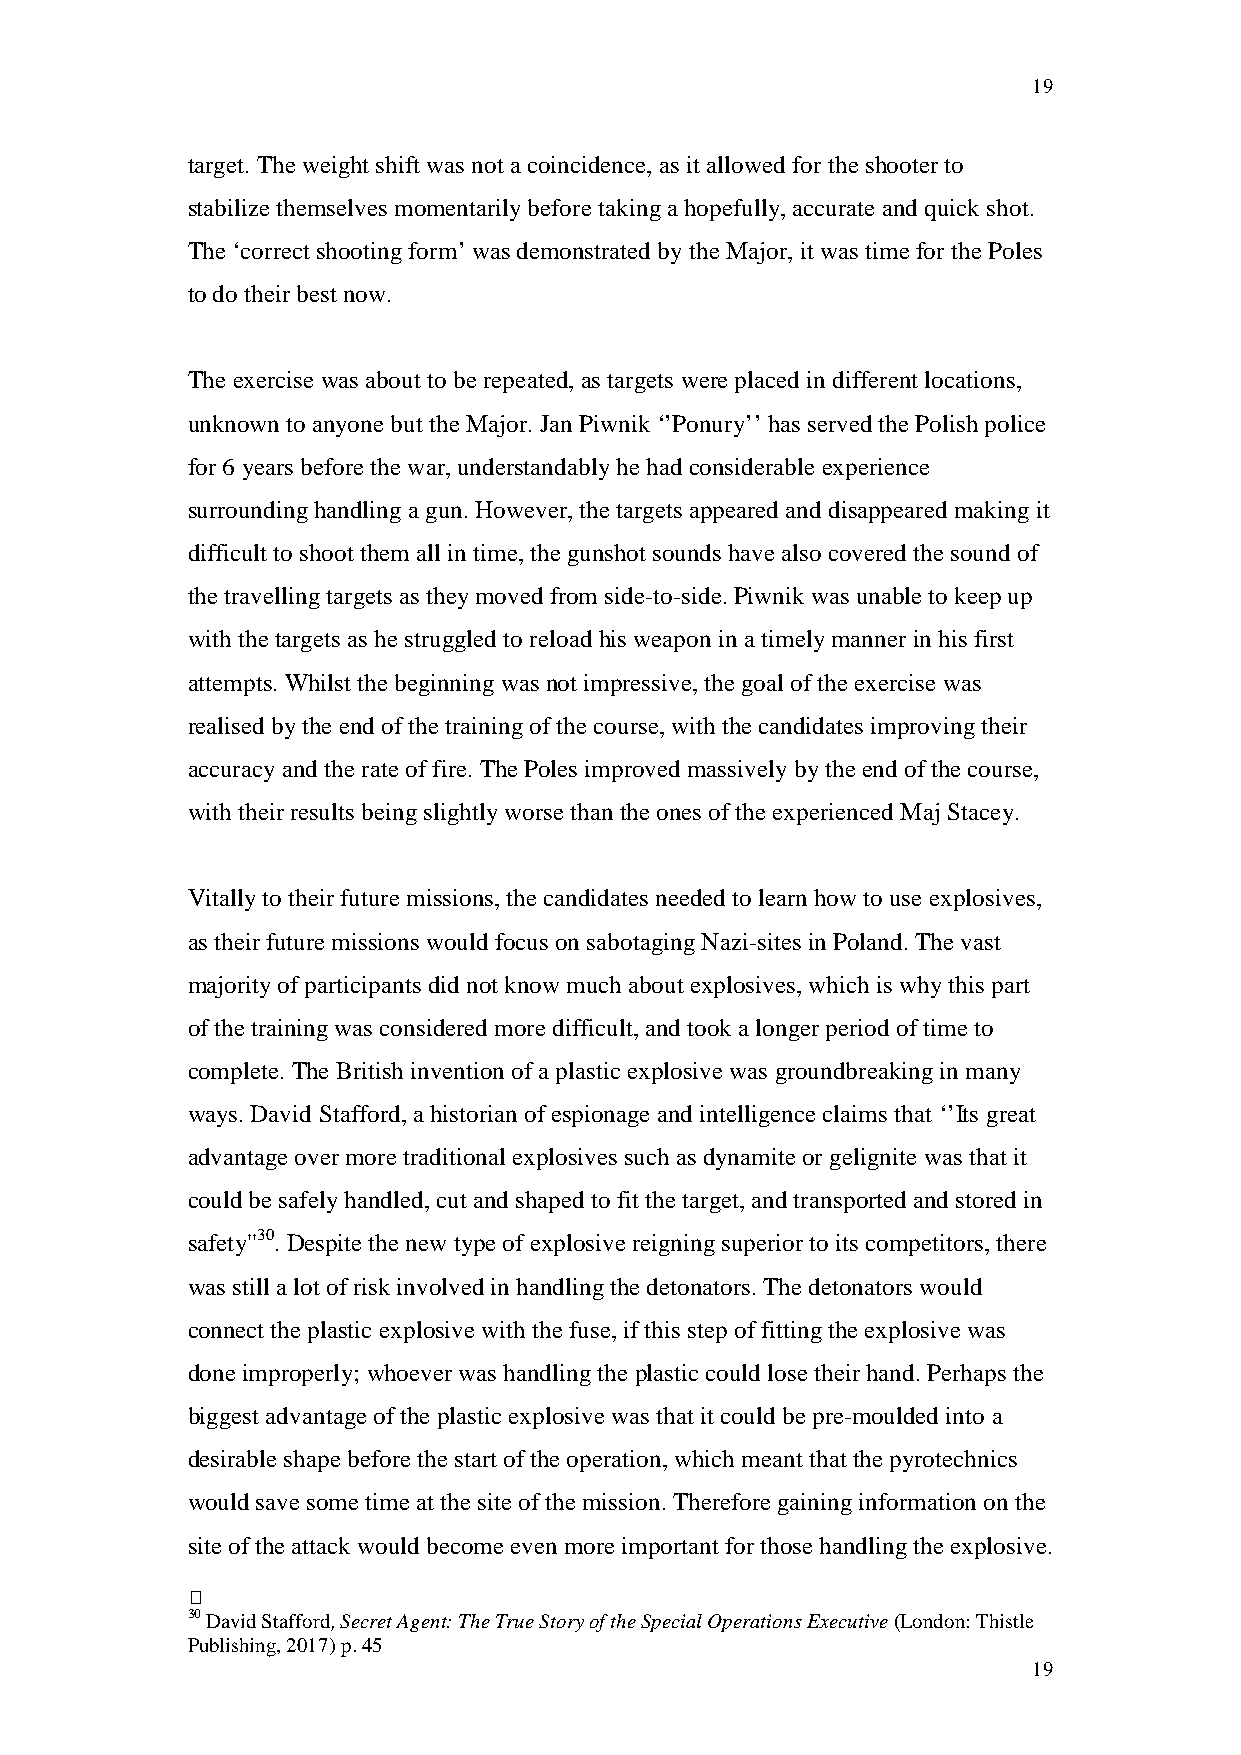
19
 target. The weight shift was not a coincidence, as it allowed for the shooter to
 stabilize themselves momentarily before taking a hopefully, accurate and quick shot.
 The ‘correct shooting form’ was demonstrated by the Major, it was time for the Poles
 to do their best now.
 The exercise was about to be repeated, as targets were placed in different locations,
 unknown to anyone but the Major. Jan Piwnik ‘’Ponury’’ has served the Polish police
 for 6 years before the war, understandably he had considerable experience
 surrounding handling a gun. However, the targets appeared and disappeared making it
 difficult to shoot them all in time, the gunshot sounds have also covered the sound of
 the travelling targets as they moved from side-to-side. Piwnik was unable to keep up
 with the targets as he struggled to reload his weapon in a timely manner in his first
 attempts. Whilst the beginning was not impressive, the goal of the exercise was
 realised by the end of the training of the course, with the candidates improving their
 accuracy and the rate of fire. The Poles improved massively by the end of the course,
 with their results being slightly worse than the ones of the experienced Maj Stacey.
 Vitally to their future missions, the candidates needed to learn how to use explosives,
 as their future missions would focus on sabotaging Nazi-sites in Poland. The vast
 majority of participants did not know much about explosives, which is why this part
 of the training was considered more difficult, and took a longer period of time to
 complete. The British invention of a plastic explosive was groundbreaking in many
 ways. David Stafford, a historian of espionage and intelligence claims that ‘’Its great
 advantage over more traditional explosives such as dynamite or gelignite was that it
 could be safely handled, cut and shaped to fit the target, and transported and stored in
 safety''30. Despite the new type of explosive reigning superior to its competitors, there
 was still a lot of risk involved in handling the detonators. The detonators would
 connect the plastic explosive with the fuse, if this step of fitting the explosive was
 done improperly; whoever was handling the plastic could lose their hand. Perhaps the
 biggest advantage of the plastic explosive was that it could be pre-moulded into a
 desirable shape before the start of the operation, which meant that the pyrotechnics
 would save some time at the site of the mission. Therefore gaining information on the
 site of the attack would become even more important for those handling the explosive.
 
 30 David Stafford, Secret Agent: The True Story of the Special Operations Executive (London: Thistle
 Publishing, 2017) p. 45
 19